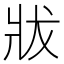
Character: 𤕳